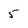
Character: 5